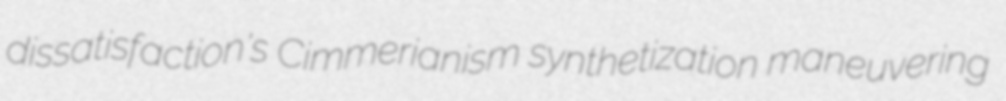
dissatisfaction's Cimmerianism synthetization maneuvering